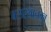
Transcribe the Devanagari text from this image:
बसस्थानका